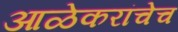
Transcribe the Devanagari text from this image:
आळेकरांचेच